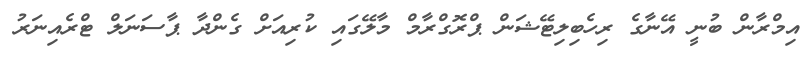
އިމްރާން ބުނީ އޭނާގެ ރިހެބިލިޓޭޝަން ޕްރޮގްރާމް މާލޭގައި ކުރިއަށް ގެންދާ ޕާސަނަލް ޓްރެއިނަރު